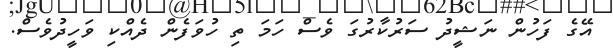
އޭގެ ފަހުން ނަޝީދު ސަރުކާރުގަ ވެސް ހަމަ ތި ހުވަފެން ދެއްކި ވަހީދުވެސް.